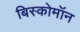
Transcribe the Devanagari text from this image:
बिस्कोमॉन